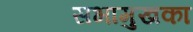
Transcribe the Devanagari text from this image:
सभामुखका